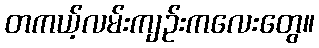
တကယ့်လမ်းကျဉ်းကလေးတွေ။